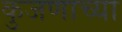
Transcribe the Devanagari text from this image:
कुजणाच्या